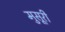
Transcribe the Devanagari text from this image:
मुसूरी